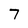
Character: 7